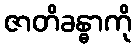
ဇာတိခန္ဓာကို